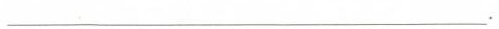
___.